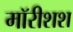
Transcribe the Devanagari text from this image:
मॉरीशश